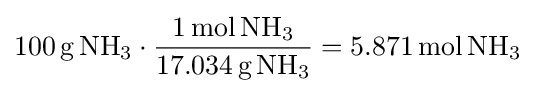
100\,\mathrm {g\,NH_{3}} \cdot {\frac {1\,\mathrm {mol\,NH_{3}} }{17.034\,\mathrm {g\,NH_{3}} }}=5.871\,\mathrm {mol\,NH_{3}}